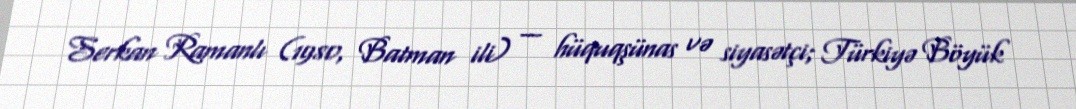
Serkan Ramanlı (1980, Batman ili) — hüquqşünas və siyasətçi; Türkiyə Böyük